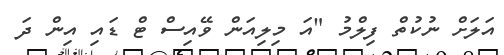
އަލަށް ނުކުތް ފިލްމު "އަ މިލިއަން ވޭއިސް ޓް ޑައި އިން ދަ